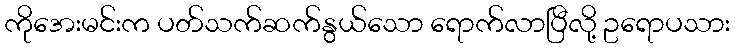
ကိုအေးမင်းက ပတ်သက်ဆက်နွယ်သော ရောက်လာပြီလို့ ဥရောပသား